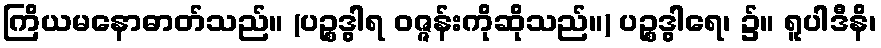
ကြိယမနောဓာတ်သည်။ (ပဉ္စဒွါရ ဝဇ္ဇန်းကိုဆိုသည်။) ပဉ္စဒွါရေ၊ ၌။ ရူပါဒီနိ၊